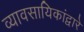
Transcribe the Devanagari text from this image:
व्यावसायिकांद्वारे